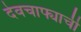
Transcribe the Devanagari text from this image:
देवचाफ्याची